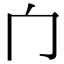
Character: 𰃦